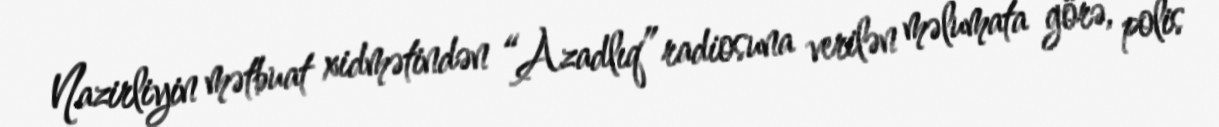
Nazirliyin mətbuat xidmətindən “Azadlıq” radiosuna verilən məlumata görə, polis